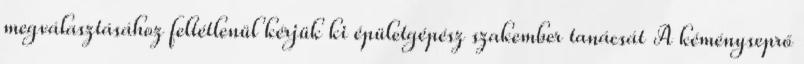
megválasztásához feltétlenül kérjük ki épületgépész szakember tanácsát A kéményseprő